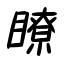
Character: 瞭